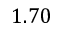
1 . 7 0